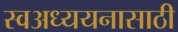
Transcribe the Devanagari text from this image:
स्वअध्ययनासाठी